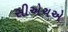
સીએચએ